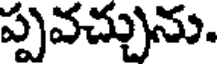
ప్పవచ్చును.